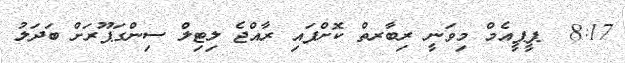
8:17  ޕީޕީއެމް މިވަނީ ރިބާރތް ކޮށްފައި ރާއްޖެ ލިޓިލް ސިންގަޕޫރަށް ބަދަލު